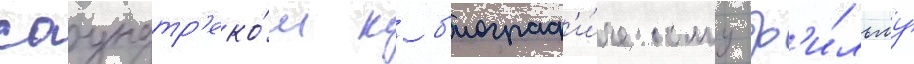
саундтр'еко́м к б'иограф'и́ческому ф'и́льму